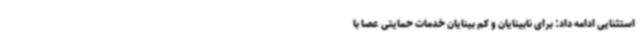
استثنایی ادامه داد: برای نابینایان و کم بینایان خدمات حمایتی عصا با